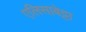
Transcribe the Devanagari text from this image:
एलिसाबेट्टा